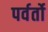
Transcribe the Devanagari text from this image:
पर्वर्तो